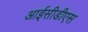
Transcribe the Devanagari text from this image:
आईसीडीएस